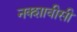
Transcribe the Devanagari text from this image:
नक्शावीसी